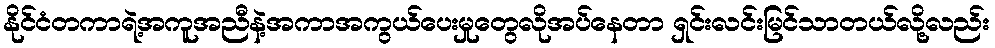
နိုင်ငံတကာရဲ့အကူအညီနဲ့အကာအကွယ်ပေးမှုတွေလိုအပ်နေတာ ရှင်းလင်းမြင်သာတယ်လို့လည်း